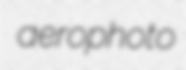
aerophoto